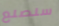
سنصنع